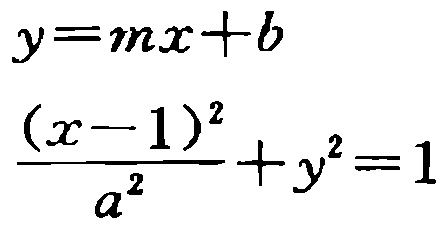
\[
y = mx + b
\]
\[
\frac{(x - 1)^2}{a^2}+y^2 = 1
\]